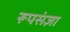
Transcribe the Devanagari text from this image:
रूपसंज्ञा